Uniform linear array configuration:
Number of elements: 48
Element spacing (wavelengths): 1
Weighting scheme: hamming
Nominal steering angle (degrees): -30
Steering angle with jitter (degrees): -29.598
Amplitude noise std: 0.05
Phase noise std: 0.05

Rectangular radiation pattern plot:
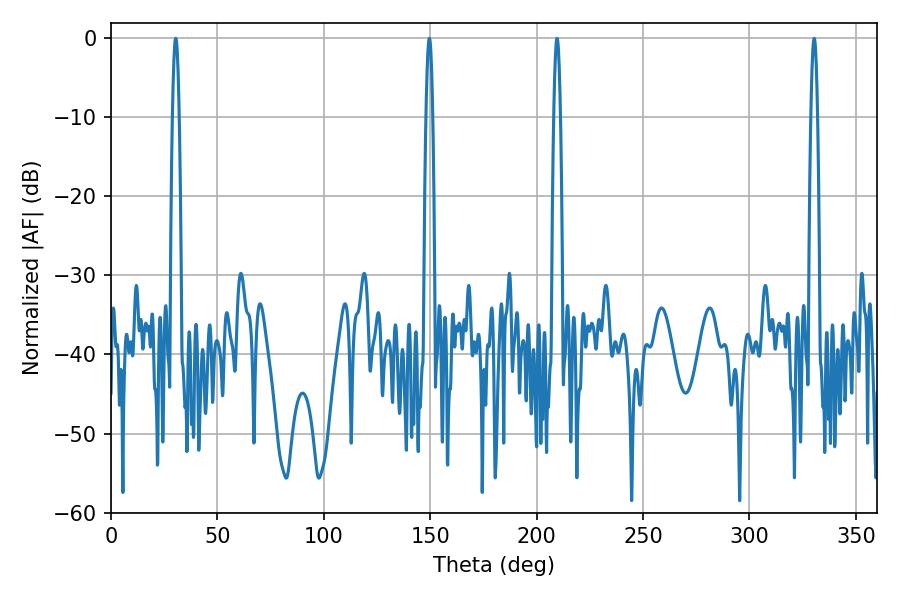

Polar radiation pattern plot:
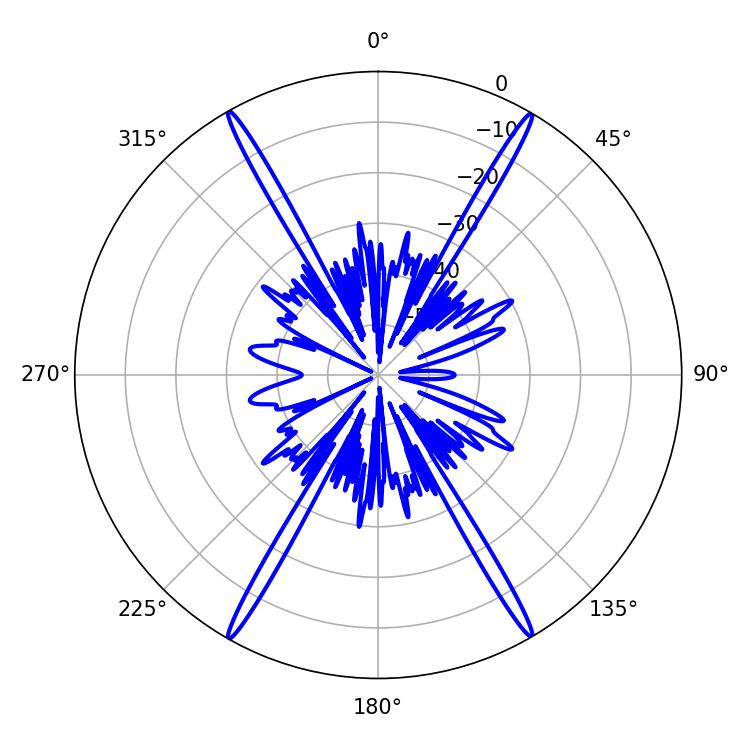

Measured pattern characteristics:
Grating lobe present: TRUE
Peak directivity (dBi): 32.547
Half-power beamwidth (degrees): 1.8
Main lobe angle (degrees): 30.42